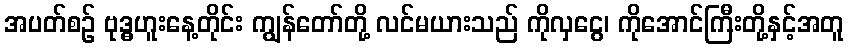
အပတ်စဉ် ဗုဒ္ဓဟူးနေ့တိုင်း ကျွန်တော်တို့ လင်မယားသည် ကိုလှငွေ၊ ကိုအောင်ကြီးတို့နှင့်အတူ